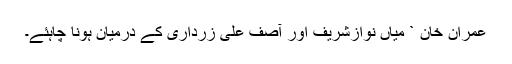
عمران خان ` میاں نوازشریف اور آصف علی زرداری کے درمیان ہونا چاہئے۔